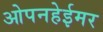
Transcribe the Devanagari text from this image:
ओपनहेईमर